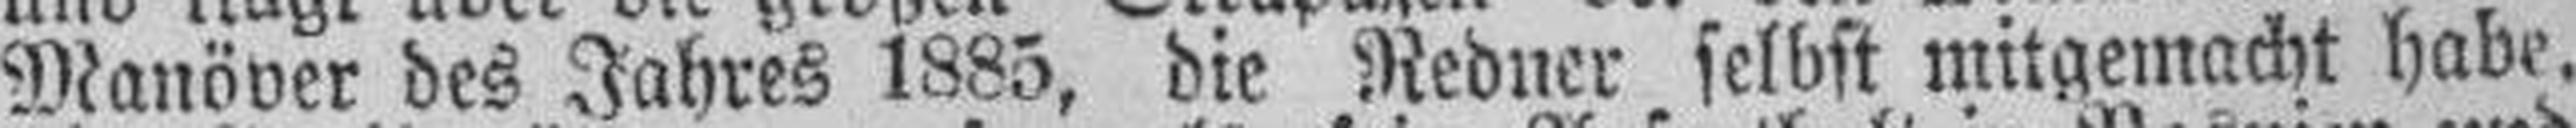
Manöver des Jahres 1885, die Redner selbst mitgemacht habe,